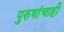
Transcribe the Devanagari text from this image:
पुरुषांचाही